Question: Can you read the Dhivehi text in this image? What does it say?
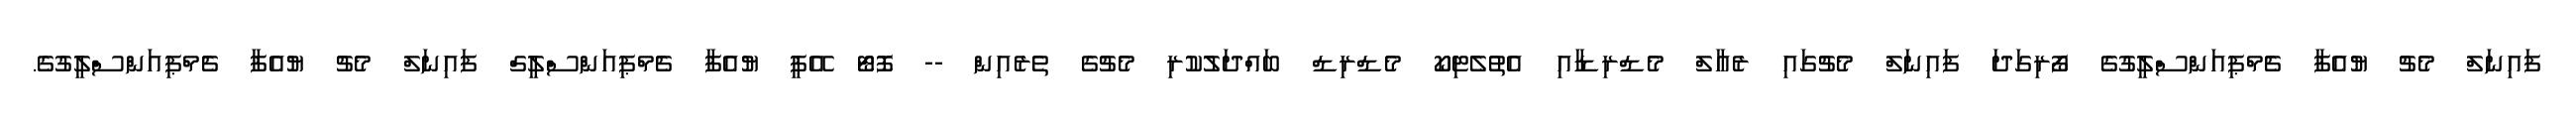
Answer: ފައިނަލް މެޗު ޔުއެފާ ޗެމްޕިއަންސްލީގުގެ ފޯރިގަދަ ފައިނަލް މެޗުގައި ރެއާލް މެޑްރިޑާއި އެތުލެޓިކޯ މެޑްރިޑް ބައްދަލުކުރި މެޗުގެ ތެރެއިން -- ފޮޓޯ އޭޕީ ޔުއެފާ ޗެމްޕިއަންސްލީގް ފައިނަލް މެޗު ޔުއެފާ ޗެމްޕިއަންސްލީގުގެ.